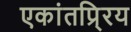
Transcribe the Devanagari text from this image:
एकांतप्र्रिय